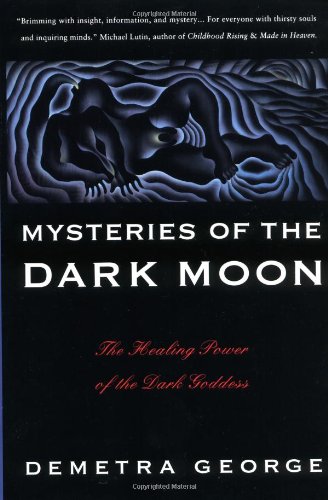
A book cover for Mysteries of the Dark Moon: The Healing Power of the Dark Goddess; Demetra George; Health, Fitness & Dieting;